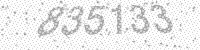
Solution: 835133